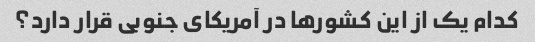
کدام یک از این کشورها در آمریکای جنوبی قرار دارد؟